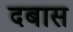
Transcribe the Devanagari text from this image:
दबास